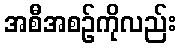
အစီအစဉ်ကိုလည်း